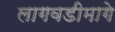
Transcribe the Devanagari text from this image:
लागवडीमागे